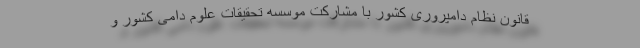
قانون نظام دامپروری کشور با مشارکت موسسه تحقیقات علوم دامی کشور و